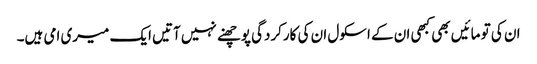
ان کی تو مائیں بھی کبھی ان کے اسکول ان کی کارکردگی پوچھنے نہیں آتیں ایک میری امی ہیں۔